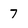
Character: 7